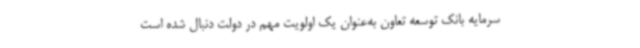
سرمایه بانک توسعه تعاون به‌عنوان یک اولویت مهم در دولت دنبال شده است